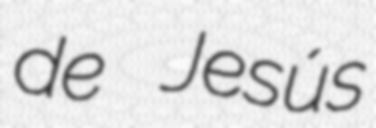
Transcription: de Jesús